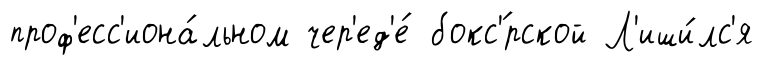
проф'есс'иона́льном чер'ед'е́ бокс'́рской Л'иши́лс'я